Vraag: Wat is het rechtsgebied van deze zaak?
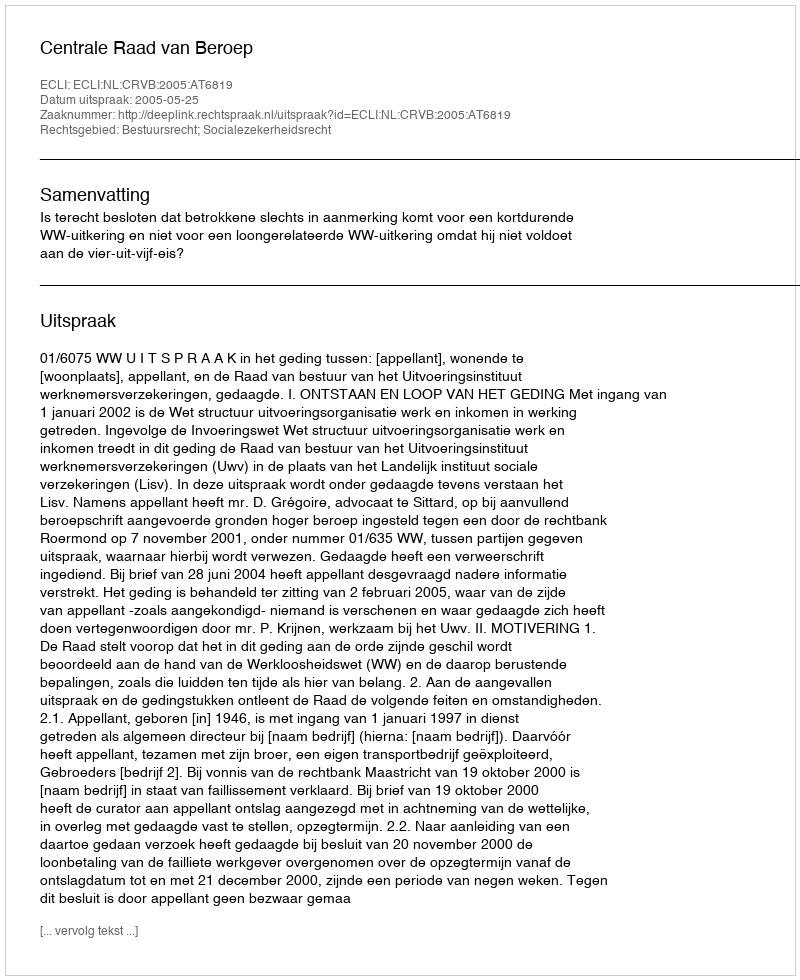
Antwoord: Bestuursrecht; Socialezekerheidsrecht